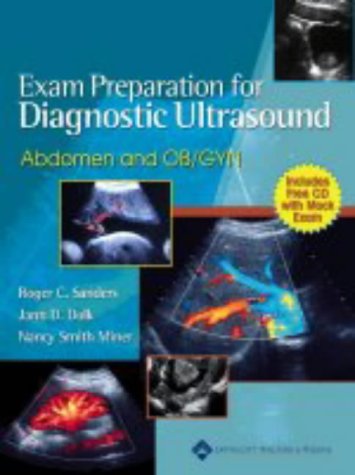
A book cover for Exam Preparation for Diagnostic Ultrasound: Abdomen and OB/GYN (Lippincott's Review Series); Roger C. Sanders; Medical Books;